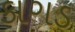
કાગડ